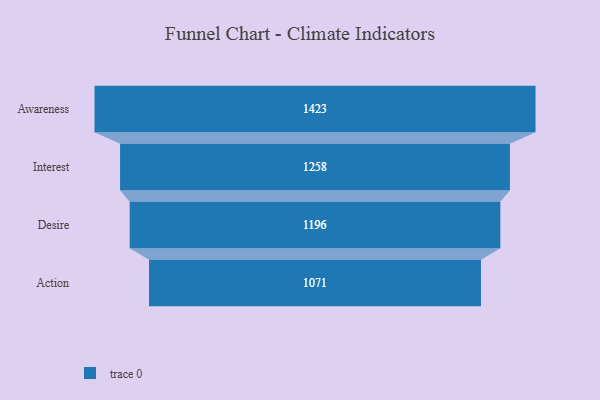
{"axis": {"x": "Stage", "y": "Value"}, "legend": [""], "data": [{"x": "Awareness", "y": 1423.0, "type": ""}, {"x": "Interest", "y": 1258.0, "type": ""}, {"x": "Desire", "y": 1196.0, "type": ""}, {"x": "Action", "y": 1071.0, "type": ""}]}